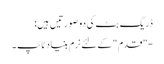
ڈریگ بٹ کی دو صورتیں ہیں:
-"قدم" کے لئے نرم بنیاد ٹائپ ۔